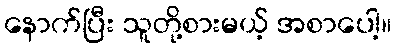
နောက်ပြီး သူတို့စားမယ့် အစာပေါ့။